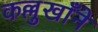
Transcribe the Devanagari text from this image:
कल्लुखाँने